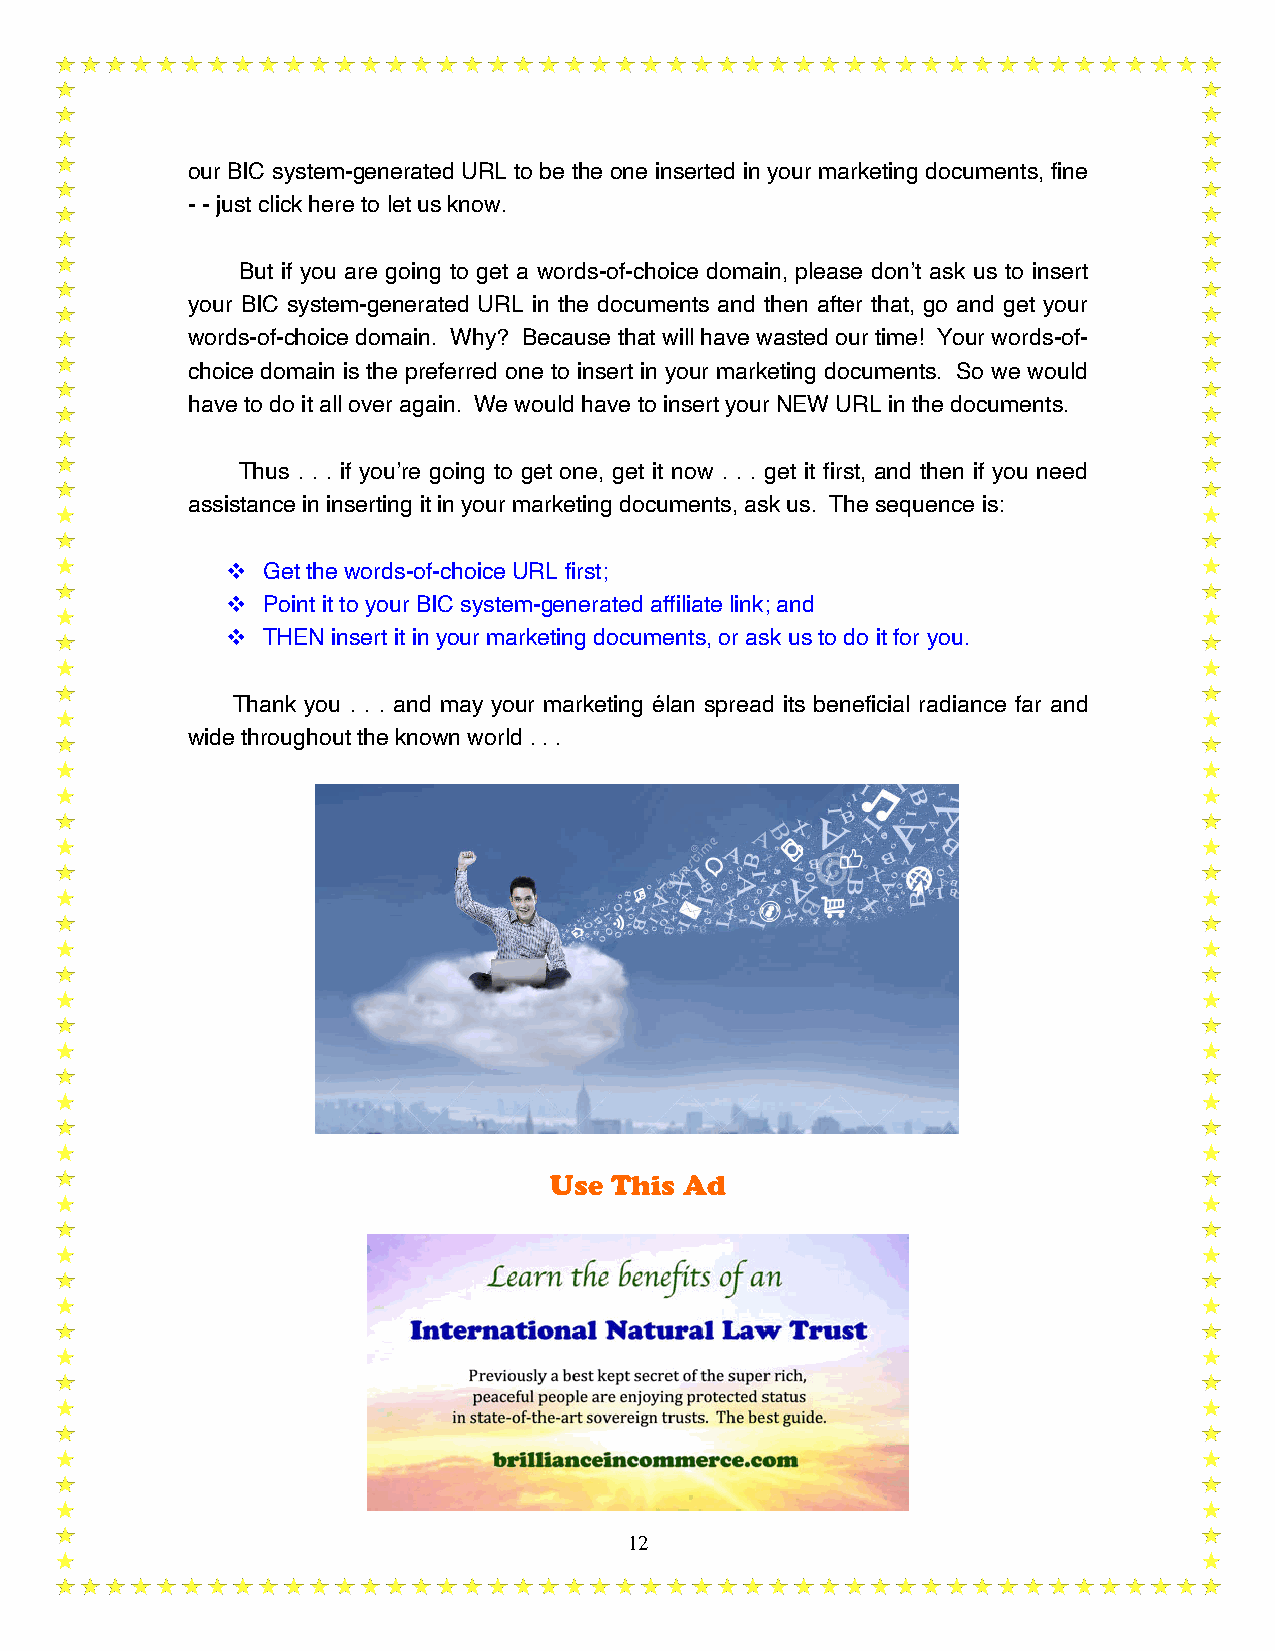
our BIC system-generated URL to be the one inserted in your marketing documents, fine
 - - just click here to let us know.
 But if you are going to get a words-of-choice domain, please don’t ask us to insert
 your BIC system-generated URL in the documents and then after that, go and get your
 words-of-choice domain. Why? Because that will have wasted our time! Your words-of-
 choice domain is the preferred one to insert in your marketing documents. So we would
 have to do it all over again. We would have to insert your NEW URL in the documents.
 Thus . . . if you’re going to get one, get it now . . . get it first, and then if you need
 assistance in inserting it in your marketing documents, ask us. The sequence is:
 v Get the words-of-choice URL first;
 v Point it to your BIC system-generated affiliate link; and
 v THEN insert it in your marketing documents, or ask us to do it for you.
 Thank you . . . and may your marketing élan spread its beneficial radiance far and
 wide throughout the known world . . .
 Use This Ad
 12